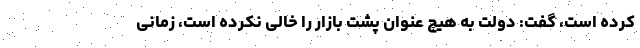
کرده است، گفت: دولت به هیچ عنوان پشت بازار را خالی نکرده است، زمانی